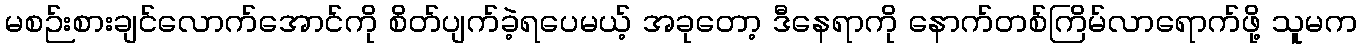
မစဉ်းစားချင်လောက်အောင်ကို စိတ်ပျက်ခဲ့ရပေမယ့် အခုတော့ ဒီနေရာကို နောက်တစ်ကြိမ်လာရောက်ဖို့ သူမက